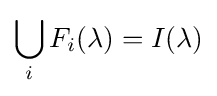
\bigcup _{i}F_{i}(\lambda )=I(\lambda )